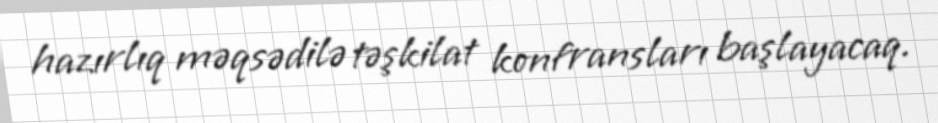
hazırlıq məqsədilə təşkilat konfransları başlayacaq.